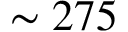
\sim 2 7 5